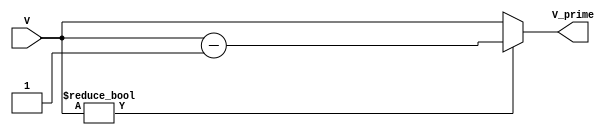
module subtractor( input [7:0] V, output reg [7:0] V_prime);
    always @* begin
        if(V != 8'b00000000) begin
            V_prime <= V - 1;
        end
        else begin
            V_prime <= V;
        end
    end
endmodule